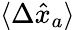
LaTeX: \langle\Delta\hat{x}_{a}\rangle